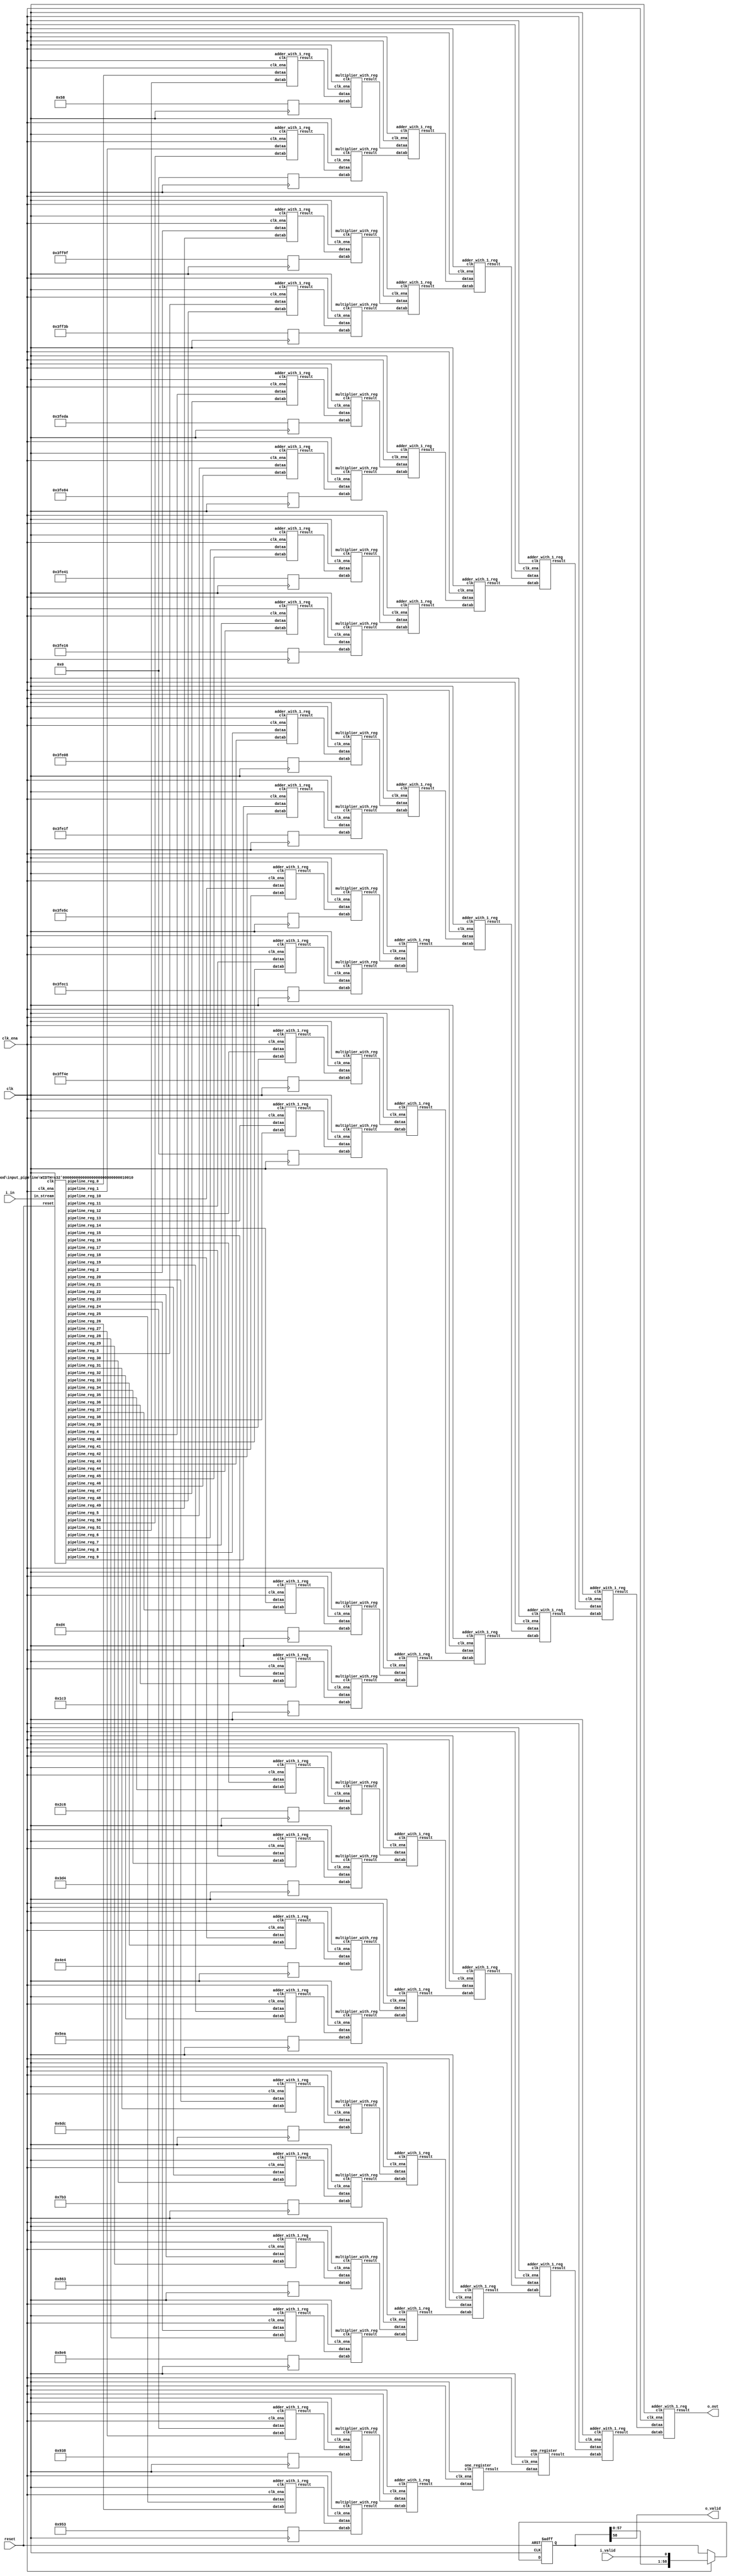
// CONFIG:
// NUM_COEFF = 52
// PIPLINED = 1

module fir (
	clk,
	reset,
	clk_ena,
	i_valid,
	i_in,
	o_valid,
	o_out
);
	// Data Width
	parameter dw = 18; //Data input/output bits

	// Number of filter coefficients
	parameter N = 52;
	parameter N_UNIQ = 26; // ciel(N/2) assuming symmetric filter coefficients

	//Number of extra valid cycles needed to align output (i.e. computation pipeline depth + input/output registers
	localparam N_VALID_REGS = 59;

	input clk;
	input reset;
	input clk_ena;
	input i_valid;
	input [dw-1:0] i_in; // signed
	output o_valid;
	output [dw-1:0] o_out; // signed

	// Data Width dervied parameters
	localparam dw_add_int = 18; //Internal adder precision bits
	localparam dw_mult_int = 36; //Internal multiplier precision bits
	localparam scale_factor = 17; //Multiplier normalization shift amount

	// Number of extra registers in INPUT_PIPELINE_REG to prevent contention for CHAIN_END's chain adders
	localparam N_INPUT_REGS = 52;

	// Debug
	// initial begin
	// 	$display ("Data Width: %d", dw);
	// 	$display ("Data Width Add Internal: %d", dw_add_int);
	// 	$display ("Data Width Mult Internal: %d", dw_mult_int);
	// 	$display ("Scale Factor: %d", scale_factor);
	// end

	reg [dw-1:0] COEFFICIENT_0;
	reg [dw-1:0] COEFFICIENT_1;
	reg [dw-1:0] COEFFICIENT_2;
	reg [dw-1:0] COEFFICIENT_3;
	reg [dw-1:0] COEFFICIENT_4;
	reg [dw-1:0] COEFFICIENT_5;
	reg [dw-1:0] COEFFICIENT_6;
	reg [dw-1:0] COEFFICIENT_7;
	reg [dw-1:0] COEFFICIENT_8;
	reg [dw-1:0] COEFFICIENT_9;
	reg [dw-1:0] COEFFICIENT_10;
	reg [dw-1:0] COEFFICIENT_11;
	reg [dw-1:0] COEFFICIENT_12;
	reg [dw-1:0] COEFFICIENT_13;
	reg [dw-1:0] COEFFICIENT_14;
	reg [dw-1:0] COEFFICIENT_15;
	reg [dw-1:0] COEFFICIENT_16;
	reg [dw-1:0] COEFFICIENT_17;
	reg [dw-1:0] COEFFICIENT_18;
	reg [dw-1:0] COEFFICIENT_19;
	reg [dw-1:0] COEFFICIENT_20;
	reg [dw-1:0] COEFFICIENT_21;
	reg [dw-1:0] COEFFICIENT_22;
	reg [dw-1:0] COEFFICIENT_23;
	reg [dw-1:0] COEFFICIENT_24;
	reg [dw-1:0] COEFFICIENT_25;

	always@(posedge clk) begin
		COEFFICIENT_0 <= 18'd88;
		COEFFICIENT_1 <= 18'd0;
		COEFFICIENT_2 <= -18'd97;
		COEFFICIENT_3 <= -18'd197;
		COEFFICIENT_4 <= -18'd294;
		COEFFICIENT_5 <= -18'd380;
		COEFFICIENT_6 <= -18'd447;
		COEFFICIENT_7 <= -18'd490;
		COEFFICIENT_8 <= -18'd504;
		COEFFICIENT_9 <= -18'd481;
		COEFFICIENT_10 <= -18'd420;
		COEFFICIENT_11 <= -18'd319;
		COEFFICIENT_12 <= -18'd178;
		COEFFICIENT_13 <= 18'd0;
		COEFFICIENT_14 <= 18'd212;
		COEFFICIENT_15 <= 18'd451;
		COEFFICIENT_16 <= 18'd710;
		COEFFICIENT_17 <= 18'd980;
		COEFFICIENT_18 <= 18'd1252;
		COEFFICIENT_19 <= 18'd1514;
		COEFFICIENT_20 <= 18'd1756;
		COEFFICIENT_21 <= 18'd1971;
		COEFFICIENT_22 <= 18'd2147;
		COEFFICIENT_23 <= 18'd2278;
		COEFFICIENT_24 <= 18'd2360;
		COEFFICIENT_25 <= 18'd2387;
	end

	////******************************************************
	// *
	// * Valid Delay Pipeline
	// *
	// *****************************************************
	//Input valid signal is pipelined to become output valid signal

	//Valid registers
	reg [N_VALID_REGS-1:0] VALID_PIPELINE_REGS;

	always@(posedge clk or posedge reset) begin
		if(reset) begin
			VALID_PIPELINE_REGS <= 0;
		end else begin
			if(clk_ena) begin
				VALID_PIPELINE_REGS <= {VALID_PIPELINE_REGS[N_VALID_REGS-2:0], i_valid};
			end else begin
				VALID_PIPELINE_REGS <= VALID_PIPELINE_REGS;
			end
		end
	end

	////******************************************************
	// *
	// * Input Register Pipeline
	// *
	// *****************************************************
	//Pipelined input values

	//Input value registers

	wire [dw-1:0] INPUT_PIPELINE_REG_0;
	wire [dw-1:0] INPUT_PIPELINE_REG_1;
	wire [dw-1:0] INPUT_PIPELINE_REG_2;
	wire [dw-1:0] INPUT_PIPELINE_REG_3;
	wire [dw-1:0] INPUT_PIPELINE_REG_4;
	wire [dw-1:0] INPUT_PIPELINE_REG_5;
	wire [dw-1:0] INPUT_PIPELINE_REG_6;
	wire [dw-1:0] INPUT_PIPELINE_REG_7;
	wire [dw-1:0] INPUT_PIPELINE_REG_8;
	wire [dw-1:0] INPUT_PIPELINE_REG_9;
	wire [dw-1:0] INPUT_PIPELINE_REG_10;
	wire [dw-1:0] INPUT_PIPELINE_REG_11;
	wire [dw-1:0] INPUT_PIPELINE_REG_12;
	wire [dw-1:0] INPUT_PIPELINE_REG_13;
	wire [dw-1:0] INPUT_PIPELINE_REG_14;
	wire [dw-1:0] INPUT_PIPELINE_REG_15;
	wire [dw-1:0] INPUT_PIPELINE_REG_16;
	wire [dw-1:0] INPUT_PIPELINE_REG_17;
	wire [dw-1:0] INPUT_PIPELINE_REG_18;
	wire [dw-1:0] INPUT_PIPELINE_REG_19;
	wire [dw-1:0] INPUT_PIPELINE_REG_20;
	wire [dw-1:0] INPUT_PIPELINE_REG_21;
	wire [dw-1:0] INPUT_PIPELINE_REG_22;
	wire [dw-1:0] INPUT_PIPELINE_REG_23;
	wire [dw-1:0] INPUT_PIPELINE_REG_24;
	wire [dw-1:0] INPUT_PIPELINE_REG_25;
	wire [dw-1:0] INPUT_PIPELINE_REG_26;
	wire [dw-1:0] INPUT_PIPELINE_REG_27;
	wire [dw-1:0] INPUT_PIPELINE_REG_28;
	wire [dw-1:0] INPUT_PIPELINE_REG_29;
	wire [dw-1:0] INPUT_PIPELINE_REG_30;
	wire [dw-1:0] INPUT_PIPELINE_REG_31;
	wire [dw-1:0] INPUT_PIPELINE_REG_32;
	wire [dw-1:0] INPUT_PIPELINE_REG_33;
	wire [dw-1:0] INPUT_PIPELINE_REG_34;
	wire [dw-1:0] INPUT_PIPELINE_REG_35;
	wire [dw-1:0] INPUT_PIPELINE_REG_36;
	wire [dw-1:0] INPUT_PIPELINE_REG_37;
	wire [dw-1:0] INPUT_PIPELINE_REG_38;
	wire [dw-1:0] INPUT_PIPELINE_REG_39;
	wire [dw-1:0] INPUT_PIPELINE_REG_40;
	wire [dw-1:0] INPUT_PIPELINE_REG_41;
	wire [dw-1:0] INPUT_PIPELINE_REG_42;
	wire [dw-1:0] INPUT_PIPELINE_REG_43;
	wire [dw-1:0] INPUT_PIPELINE_REG_44;
	wire [dw-1:0] INPUT_PIPELINE_REG_45;
	wire [dw-1:0] INPUT_PIPELINE_REG_46;
	wire [dw-1:0] INPUT_PIPELINE_REG_47;
	wire [dw-1:0] INPUT_PIPELINE_REG_48;
	wire [dw-1:0] INPUT_PIPELINE_REG_49;
	wire [dw-1:0] INPUT_PIPELINE_REG_50;
	wire [dw-1:0] INPUT_PIPELINE_REG_51;

	input_pipeline in_pipe(
		.clk(clk), .clk_ena(clk_ena),
		.in_stream(i_in),
		.pipeline_reg_0(INPUT_PIPELINE_REG_0),
		.pipeline_reg_1(INPUT_PIPELINE_REG_1),
		.pipeline_reg_2(INPUT_PIPELINE_REG_2),
		.pipeline_reg_3(INPUT_PIPELINE_REG_3),
		.pipeline_reg_4(INPUT_PIPELINE_REG_4),
		.pipeline_reg_5(INPUT_PIPELINE_REG_5),
		.pipeline_reg_6(INPUT_PIPELINE_REG_6),
		.pipeline_reg_7(INPUT_PIPELINE_REG_7),
		.pipeline_reg_8(INPUT_PIPELINE_REG_8),
		.pipeline_reg_9(INPUT_PIPELINE_REG_9),
		.pipeline_reg_10(INPUT_PIPELINE_REG_10),
		.pipeline_reg_11(INPUT_PIPELINE_REG_11),
		.pipeline_reg_12(INPUT_PIPELINE_REG_12),
		.pipeline_reg_13(INPUT_PIPELINE_REG_13),
		.pipeline_reg_14(INPUT_PIPELINE_REG_14),
		.pipeline_reg_15(INPUT_PIPELINE_REG_15),
		.pipeline_reg_16(INPUT_PIPELINE_REG_16),
		.pipeline_reg_17(INPUT_PIPELINE_REG_17),
		.pipeline_reg_18(INPUT_PIPELINE_REG_18),
		.pipeline_reg_19(INPUT_PIPELINE_REG_19),
		.pipeline_reg_20(INPUT_PIPELINE_REG_20),
		.pipeline_reg_21(INPUT_PIPELINE_REG_21),
		.pipeline_reg_22(INPUT_PIPELINE_REG_22),
		.pipeline_reg_23(INPUT_PIPELINE_REG_23),
		.pipeline_reg_24(INPUT_PIPELINE_REG_24),
		.pipeline_reg_25(INPUT_PIPELINE_REG_25),
		.pipeline_reg_26(INPUT_PIPELINE_REG_26),
		.pipeline_reg_27(INPUT_PIPELINE_REG_27),
		.pipeline_reg_28(INPUT_PIPELINE_REG_28),
		.pipeline_reg_29(INPUT_PIPELINE_REG_29),
		.pipeline_reg_30(INPUT_PIPELINE_REG_30),
		.pipeline_reg_31(INPUT_PIPELINE_REG_31),
		.pipeline_reg_32(INPUT_PIPELINE_REG_32),
		.pipeline_reg_33(INPUT_PIPELINE_REG_33),
		.pipeline_reg_34(INPUT_PIPELINE_REG_34),
		.pipeline_reg_35(INPUT_PIPELINE_REG_35),
		.pipeline_reg_36(INPUT_PIPELINE_REG_36),
		.pipeline_reg_37(INPUT_PIPELINE_REG_37),
		.pipeline_reg_38(INPUT_PIPELINE_REG_38),
		.pipeline_reg_39(INPUT_PIPELINE_REG_39),
		.pipeline_reg_40(INPUT_PIPELINE_REG_40),
		.pipeline_reg_41(INPUT_PIPELINE_REG_41),
		.pipeline_reg_42(INPUT_PIPELINE_REG_42),
		.pipeline_reg_43(INPUT_PIPELINE_REG_43),
		.pipeline_reg_44(INPUT_PIPELINE_REG_44),
		.pipeline_reg_45(INPUT_PIPELINE_REG_45),
		.pipeline_reg_46(INPUT_PIPELINE_REG_46),
		.pipeline_reg_47(INPUT_PIPELINE_REG_47),
		.pipeline_reg_48(INPUT_PIPELINE_REG_48),
		.pipeline_reg_49(INPUT_PIPELINE_REG_49),
		.pipeline_reg_50(INPUT_PIPELINE_REG_50),
		.pipeline_reg_51(INPUT_PIPELINE_REG_51),
		.reset(reset)	);
	defparam in_pipe.WIDTH = 18; // = dw
	////******************************************************
	// *
	// * Computation Pipeline
	// *
	// *****************************************************

	// ************************* LEVEL 0 *************************   
	wire [dw-1:0] L0_output_wires_0;
	wire [dw-1:0] L0_output_wires_1;
	wire [dw-1:0] L0_output_wires_2;
	wire [dw-1:0] L0_output_wires_3;
	wire [dw-1:0] L0_output_wires_4;
	wire [dw-1:0] L0_output_wires_5;
	wire [dw-1:0] L0_output_wires_6;
	wire [dw-1:0] L0_output_wires_7;
	wire [dw-1:0] L0_output_wires_8;
	wire [dw-1:0] L0_output_wires_9;
	wire [dw-1:0] L0_output_wires_10;
	wire [dw-1:0] L0_output_wires_11;
	wire [dw-1:0] L0_output_wires_12;
	wire [dw-1:0] L0_output_wires_13;
	wire [dw-1:0] L0_output_wires_14;
	wire [dw-1:0] L0_output_wires_15;
	wire [dw-1:0] L0_output_wires_16;
	wire [dw-1:0] L0_output_wires_17;
	wire [dw-1:0] L0_output_wires_18;
	wire [dw-1:0] L0_output_wires_19;
	wire [dw-1:0] L0_output_wires_20;
	wire [dw-1:0] L0_output_wires_21;
	wire [dw-1:0] L0_output_wires_22;
	wire [dw-1:0] L0_output_wires_23;
	wire [dw-1:0] L0_output_wires_24;
	wire [dw-1:0] L0_output_wires_25;

	adder_with_1_reg L0_adder_0and51(
		.clk(clk), .clk_ena(clk_ena),
		.dataa (INPUT_PIPELINE_REG_0),
		.datab (INPUT_PIPELINE_REG_51),
		.result(L0_output_wires_0)
	);

	adder_with_1_reg L0_adder_1and50(
		.clk(clk), .clk_ena(clk_ena),
		.dataa (INPUT_PIPELINE_REG_1),
		.datab (INPUT_PIPELINE_REG_50),
		.result(L0_output_wires_1)
	);

	adder_with_1_reg L0_adder_2and49(
		.clk(clk), .clk_ena(clk_ena),
		.dataa (INPUT_PIPELINE_REG_2),
		.datab (INPUT_PIPELINE_REG_49),
		.result(L0_output_wires_2)
	);

	adder_with_1_reg L0_adder_3and48(
		.clk(clk), .clk_ena(clk_ena),
		.dataa (INPUT_PIPELINE_REG_3),
		.datab (INPUT_PIPELINE_REG_48),
		.result(L0_output_wires_3)
	);

	adder_with_1_reg L0_adder_4and47(
		.clk(clk), .clk_ena(clk_ena),
		.dataa (INPUT_PIPELINE_REG_4),
		.datab (INPUT_PIPELINE_REG_47),
		.result(L0_output_wires_4)
	);

	adder_with_1_reg L0_adder_5and46(
		.clk(clk), .clk_ena(clk_ena),
		.dataa (INPUT_PIPELINE_REG_5),
		.datab (INPUT_PIPELINE_REG_46),
		.result(L0_output_wires_5)
	);

	adder_with_1_reg L0_adder_6and45(
		.clk(clk), .clk_ena(clk_ena),
		.dataa (INPUT_PIPELINE_REG_6),
		.datab (INPUT_PIPELINE_REG_45),
		.result(L0_output_wires_6)
	);

	adder_with_1_reg L0_adder_7and44(
		.clk(clk), .clk_ena(clk_ena),
		.dataa (INPUT_PIPELINE_REG_7),
		.datab (INPUT_PIPELINE_REG_44),
		.result(L0_output_wires_7)
	);

	adder_with_1_reg L0_adder_8and43(
		.clk(clk), .clk_ena(clk_ena),
		.dataa (INPUT_PIPELINE_REG_8),
		.datab (INPUT_PIPELINE_REG_43),
		.result(L0_output_wires_8)
	);

	adder_with_1_reg L0_adder_9and42(
		.clk(clk), .clk_ena(clk_ena),
		.dataa (INPUT_PIPELINE_REG_9),
		.datab (INPUT_PIPELINE_REG_42),
		.result(L0_output_wires_9)
	);

	adder_with_1_reg L0_adder_10and41(
		.clk(clk), .clk_ena(clk_ena),
		.dataa (INPUT_PIPELINE_REG_10),
		.datab (INPUT_PIPELINE_REG_41),
		.result(L0_output_wires_10)
	);

	adder_with_1_reg L0_adder_11and40(
		.clk(clk), .clk_ena(clk_ena),
		.dataa (INPUT_PIPELINE_REG_11),
		.datab (INPUT_PIPELINE_REG_40),
		.result(L0_output_wires_11)
	);

	adder_with_1_reg L0_adder_12and39(
		.clk(clk), .clk_ena(clk_ena),
		.dataa (INPUT_PIPELINE_REG_12),
		.datab (INPUT_PIPELINE_REG_39),
		.result(L0_output_wires_12)
	);

	adder_with_1_reg L0_adder_13and38(
		.clk(clk), .clk_ena(clk_ena),
		.dataa (INPUT_PIPELINE_REG_13),
		.datab (INPUT_PIPELINE_REG_38),
		.result(L0_output_wires_13)
	);

	adder_with_1_reg L0_adder_14and37(
		.clk(clk), .clk_ena(clk_ena),
		.dataa (INPUT_PIPELINE_REG_14),
		.datab (INPUT_PIPELINE_REG_37),
		.result(L0_output_wires_14)
	);

	adder_with_1_reg L0_adder_15and36(
		.clk(clk), .clk_ena(clk_ena),
		.dataa (INPUT_PIPELINE_REG_15),
		.datab (INPUT_PIPELINE_REG_36),
		.result(L0_output_wires_15)
	);

	adder_with_1_reg L0_adder_16and35(
		.clk(clk), .clk_ena(clk_ena),
		.dataa (INPUT_PIPELINE_REG_16),
		.datab (INPUT_PIPELINE_REG_35),
		.result(L0_output_wires_16)
	);

	adder_with_1_reg L0_adder_17and34(
		.clk(clk), .clk_ena(clk_ena),
		.dataa (INPUT_PIPELINE_REG_17),
		.datab (INPUT_PIPELINE_REG_34),
		.result(L0_output_wires_17)
	);

	adder_with_1_reg L0_adder_18and33(
		.clk(clk), .clk_ena(clk_ena),
		.dataa (INPUT_PIPELINE_REG_18),
		.datab (INPUT_PIPELINE_REG_33),
		.result(L0_output_wires_18)
	);

	adder_with_1_reg L0_adder_19and32(
		.clk(clk), .clk_ena(clk_ena),
		.dataa (INPUT_PIPELINE_REG_19),
		.datab (INPUT_PIPELINE_REG_32),
		.result(L0_output_wires_19)
	);

	adder_with_1_reg L0_adder_20and31(
		.clk(clk), .clk_ena(clk_ena),
		.dataa (INPUT_PIPELINE_REG_20),
		.datab (INPUT_PIPELINE_REG_31),
		.result(L0_output_wires_20)
	);

	adder_with_1_reg L0_adder_21and30(
		.clk(clk), .clk_ena(clk_ena),
		.dataa (INPUT_PIPELINE_REG_21),
		.datab (INPUT_PIPELINE_REG_30),
		.result(L0_output_wires_21)
	);

	adder_with_1_reg L0_adder_22and29(
		.clk(clk), .clk_ena(clk_ena),
		.dataa (INPUT_PIPELINE_REG_22),
		.datab (INPUT_PIPELINE_REG_29),
		.result(L0_output_wires_22)
	);

	adder_with_1_reg L0_adder_23and28(
		.clk(clk), .clk_ena(clk_ena),
		.dataa (INPUT_PIPELINE_REG_23),
		.datab (INPUT_PIPELINE_REG_28),
		.result(L0_output_wires_23)
	);

	adder_with_1_reg L0_adder_24and27(
		.clk(clk), .clk_ena(clk_ena),
		.dataa (INPUT_PIPELINE_REG_24),
		.datab (INPUT_PIPELINE_REG_27),
		.result(L0_output_wires_24)
	);

	adder_with_1_reg L0_adder_25and26(
		.clk(clk), .clk_ena(clk_ena),
		.dataa (INPUT_PIPELINE_REG_25),
		.datab (INPUT_PIPELINE_REG_26),
		.result(L0_output_wires_25)
	);

	// (26 main tree Adders)

	// ************************* LEVEL 1 *************************   
	// **************** Multipliers ****************   
	wire [dw-1:0] L1_mult_wires_0;
	wire [dw-1:0] L1_mult_wires_1;
	wire [dw-1:0] L1_mult_wires_2;
	wire [dw-1:0] L1_mult_wires_3;
	wire [dw-1:0] L1_mult_wires_4;
	wire [dw-1:0] L1_mult_wires_5;
	wire [dw-1:0] L1_mult_wires_6;
	wire [dw-1:0] L1_mult_wires_7;
	wire [dw-1:0] L1_mult_wires_8;
	wire [dw-1:0] L1_mult_wires_9;
	wire [dw-1:0] L1_mult_wires_10;
	wire [dw-1:0] L1_mult_wires_11;
	wire [dw-1:0] L1_mult_wires_12;
	wire [dw-1:0] L1_mult_wires_13;
	wire [dw-1:0] L1_mult_wires_14;
	wire [dw-1:0] L1_mult_wires_15;
	wire [dw-1:0] L1_mult_wires_16;
	wire [dw-1:0] L1_mult_wires_17;
	wire [dw-1:0] L1_mult_wires_18;
	wire [dw-1:0] L1_mult_wires_19;
	wire [dw-1:0] L1_mult_wires_20;
	wire [dw-1:0] L1_mult_wires_21;
	wire [dw-1:0] L1_mult_wires_22;
	wire [dw-1:0] L1_mult_wires_23;
	wire [dw-1:0] L1_mult_wires_24;
	wire [dw-1:0] L1_mult_wires_25;

	multiplier_with_reg L1_mul_0(
		.clk(clk), .clk_ena(clk_ena),
		.dataa (L0_output_wires_0),
		.datab (COEFFICIENT_0),
		.result(L1_mult_wires_0)
	);

	multiplier_with_reg L1_mul_1(
		.clk(clk), .clk_ena(clk_ena),
		.dataa (L0_output_wires_1),
		.datab (COEFFICIENT_1),
		.result(L1_mult_wires_1)
	);

	multiplier_with_reg L1_mul_2(
		.clk(clk), .clk_ena(clk_ena),
		.dataa (L0_output_wires_2),
		.datab (COEFFICIENT_2),
		.result(L1_mult_wires_2)
	);

	multiplier_with_reg L1_mul_3(
		.clk(clk), .clk_ena(clk_ena),
		.dataa (L0_output_wires_3),
		.datab (COEFFICIENT_3),
		.result(L1_mult_wires_3)
	);

	multiplier_with_reg L1_mul_4(
		.clk(clk), .clk_ena(clk_ena),
		.dataa (L0_output_wires_4),
		.datab (COEFFICIENT_4),
		.result(L1_mult_wires_4)
	);

	multiplier_with_reg L1_mul_5(
		.clk(clk), .clk_ena(clk_ena),
		.dataa (L0_output_wires_5),
		.datab (COEFFICIENT_5),
		.result(L1_mult_wires_5)
	);

	multiplier_with_reg L1_mul_6(
		.clk(clk), .clk_ena(clk_ena),
		.dataa (L0_output_wires_6),
		.datab (COEFFICIENT_6),
		.result(L1_mult_wires_6)
	);

	multiplier_with_reg L1_mul_7(
		.clk(clk), .clk_ena(clk_ena),
		.dataa (L0_output_wires_7),
		.datab (COEFFICIENT_7),
		.result(L1_mult_wires_7)
	);

	multiplier_with_reg L1_mul_8(
		.clk(clk), .clk_ena(clk_ena),
		.dataa (L0_output_wires_8),
		.datab (COEFFICIENT_8),
		.result(L1_mult_wires_8)
	);

	multiplier_with_reg L1_mul_9(
		.clk(clk), .clk_ena(clk_ena),
		.dataa (L0_output_wires_9),
		.datab (COEFFICIENT_9),
		.result(L1_mult_wires_9)
	);

	multiplier_with_reg L1_mul_10(
		.clk(clk), .clk_ena(clk_ena),
		.dataa (L0_output_wires_10),
		.datab (COEFFICIENT_10),
		.result(L1_mult_wires_10)
	);

	multiplier_with_reg L1_mul_11(
		.clk(clk), .clk_ena(clk_ena),
		.dataa (L0_output_wires_11),
		.datab (COEFFICIENT_11),
		.result(L1_mult_wires_11)
	);

	multiplier_with_reg L1_mul_12(
		.clk(clk), .clk_ena(clk_ena),
		.dataa (L0_output_wires_12),
		.datab (COEFFICIENT_12),
		.result(L1_mult_wires_12)
	);

	multiplier_with_reg L1_mul_13(
		.clk(clk), .clk_ena(clk_ena),
		.dataa (L0_output_wires_13),
		.datab (COEFFICIENT_13),
		.result(L1_mult_wires_13)
	);

	multiplier_with_reg L1_mul_14(
		.clk(clk), .clk_ena(clk_ena),
		.dataa (L0_output_wires_14),
		.datab (COEFFICIENT_14),
		.result(L1_mult_wires_14)
	);

	multiplier_with_reg L1_mul_15(
		.clk(clk), .clk_ena(clk_ena),
		.dataa (L0_output_wires_15),
		.datab (COEFFICIENT_15),
		.result(L1_mult_wires_15)
	);

	multiplier_with_reg L1_mul_16(
		.clk(clk), .clk_ena(clk_ena),
		.dataa (L0_output_wires_16),
		.datab (COEFFICIENT_16),
		.result(L1_mult_wires_16)
	);

	multiplier_with_reg L1_mul_17(
		.clk(clk), .clk_ena(clk_ena),
		.dataa (L0_output_wires_17),
		.datab (COEFFICIENT_17),
		.result(L1_mult_wires_17)
	);

	multiplier_with_reg L1_mul_18(
		.clk(clk), .clk_ena(clk_ena),
		.dataa (L0_output_wires_18),
		.datab (COEFFICIENT_18),
		.result(L1_mult_wires_18)
	);

	multiplier_with_reg L1_mul_19(
		.clk(clk), .clk_ena(clk_ena),
		.dataa (L0_output_wires_19),
		.datab (COEFFICIENT_19),
		.result(L1_mult_wires_19)
	);

	multiplier_with_reg L1_mul_20(
		.clk(clk), .clk_ena(clk_ena),
		.dataa (L0_output_wires_20),
		.datab (COEFFICIENT_20),
		.result(L1_mult_wires_20)
	);

	multiplier_with_reg L1_mul_21(
		.clk(clk), .clk_ena(clk_ena),
		.dataa (L0_output_wires_21),
		.datab (COEFFICIENT_21),
		.result(L1_mult_wires_21)
	);

	multiplier_with_reg L1_mul_22(
		.clk(clk), .clk_ena(clk_ena),
		.dataa (L0_output_wires_22),
		.datab (COEFFICIENT_22),
		.result(L1_mult_wires_22)
	);

	multiplier_with_reg L1_mul_23(
		.clk(clk), .clk_ena(clk_ena),
		.dataa (L0_output_wires_23),
		.datab (COEFFICIENT_23),
		.result(L1_mult_wires_23)
	);

	multiplier_with_reg L1_mul_24(
		.clk(clk), .clk_ena(clk_ena),
		.dataa (L0_output_wires_24),
		.datab (COEFFICIENT_24),
		.result(L1_mult_wires_24)
	);

	multiplier_with_reg L1_mul_25(
		.clk(clk), .clk_ena(clk_ena),
		.dataa (L0_output_wires_25),
		.datab (COEFFICIENT_25),
		.result(L1_mult_wires_25)
	);

	// (26 Multipliers)

	// **************** Adders ****************   
	wire [dw-1:0] L1_output_wires_0;
	wire [dw-1:0] L1_output_wires_1;
	wire [dw-1:0] L1_output_wires_2;
	wire [dw-1:0] L1_output_wires_3;
	wire [dw-1:0] L1_output_wires_4;
	wire [dw-1:0] L1_output_wires_5;
	wire [dw-1:0] L1_output_wires_6;
	wire [dw-1:0] L1_output_wires_7;
	wire [dw-1:0] L1_output_wires_8;
	wire [dw-1:0] L1_output_wires_9;
	wire [dw-1:0] L1_output_wires_10;
	wire [dw-1:0] L1_output_wires_11;
	wire [dw-1:0] L1_output_wires_12;

	adder_with_1_reg L1_adder_0and1(
		.clk(clk), .clk_ena(clk_ena),
		.dataa (L1_mult_wires_0),
		.datab (L1_mult_wires_1),
		.result(L1_output_wires_0)
	);

	adder_with_1_reg L1_adder_2and3(
		.clk(clk), .clk_ena(clk_ena),
		.dataa (L1_mult_wires_2),
		.datab (L1_mult_wires_3),
		.result(L1_output_wires_1)
	);

	adder_with_1_reg L1_adder_4and5(
		.clk(clk), .clk_ena(clk_ena),
		.dataa (L1_mult_wires_4),
		.datab (L1_mult_wires_5),
		.result(L1_output_wires_2)
	);

	adder_with_1_reg L1_adder_6and7(
		.clk(clk), .clk_ena(clk_ena),
		.dataa (L1_mult_wires_6),
		.datab (L1_mult_wires_7),
		.result(L1_output_wires_3)
	);

	adder_with_1_reg L1_adder_8and9(
		.clk(clk), .clk_ena(clk_ena),
		.dataa (L1_mult_wires_8),
		.datab (L1_mult_wires_9),
		.result(L1_output_wires_4)
	);

	adder_with_1_reg L1_adder_10and11(
		.clk(clk), .clk_ena(clk_ena),
		.dataa (L1_mult_wires_10),
		.datab (L1_mult_wires_11),
		.result(L1_output_wires_5)
	);

	adder_with_1_reg L1_adder_12and13(
		.clk(clk), .clk_ena(clk_ena),
		.dataa (L1_mult_wires_12),
		.datab (L1_mult_wires_13),
		.result(L1_output_wires_6)
	);

	adder_with_1_reg L1_adder_14and15(
		.clk(clk), .clk_ena(clk_ena),
		.dataa (L1_mult_wires_14),
		.datab (L1_mult_wires_15),
		.result(L1_output_wires_7)
	);

	adder_with_1_reg L1_adder_16and17(
		.clk(clk), .clk_ena(clk_ena),
		.dataa (L1_mult_wires_16),
		.datab (L1_mult_wires_17),
		.result(L1_output_wires_8)
	);

	adder_with_1_reg L1_adder_18and19(
		.clk(clk), .clk_ena(clk_ena),
		.dataa (L1_mult_wires_18),
		.datab (L1_mult_wires_19),
		.result(L1_output_wires_9)
	);

	adder_with_1_reg L1_adder_20and21(
		.clk(clk), .clk_ena(clk_ena),
		.dataa (L1_mult_wires_20),
		.datab (L1_mult_wires_21),
		.result(L1_output_wires_10)
	);

	adder_with_1_reg L1_adder_22and23(
		.clk(clk), .clk_ena(clk_ena),
		.dataa (L1_mult_wires_22),
		.datab (L1_mult_wires_23),
		.result(L1_output_wires_11)
	);

	adder_with_1_reg L1_adder_24and25(
		.clk(clk), .clk_ena(clk_ena),
		.dataa (L1_mult_wires_24),
		.datab (L1_mult_wires_25),
		.result(L1_output_wires_12)
	);

	// (13 main tree Adders)

	// ************************* LEVEL 2 *************************   
	wire [dw-1:0] L2_output_wires_0;
	wire [dw-1:0] L2_output_wires_1;
	wire [dw-1:0] L2_output_wires_2;
	wire [dw-1:0] L2_output_wires_3;
	wire [dw-1:0] L2_output_wires_4;
	wire [dw-1:0] L2_output_wires_5;
	wire [dw-1:0] L2_output_wires_6;

	adder_with_1_reg L2_adder_0and1(
		.clk(clk), .clk_ena(clk_ena),
		.dataa (L1_output_wires_0),
		.datab (L1_output_wires_1),
		.result(L2_output_wires_0)
	);

	adder_with_1_reg L2_adder_2and3(
		.clk(clk), .clk_ena(clk_ena),
		.dataa (L1_output_wires_2),
		.datab (L1_output_wires_3),
		.result(L2_output_wires_1)
	);

	adder_with_1_reg L2_adder_4and5(
		.clk(clk), .clk_ena(clk_ena),
		.dataa (L1_output_wires_4),
		.datab (L1_output_wires_5),
		.result(L2_output_wires_2)
	);

	adder_with_1_reg L2_adder_6and7(
		.clk(clk), .clk_ena(clk_ena),
		.dataa (L1_output_wires_6),
		.datab (L1_output_wires_7),
		.result(L2_output_wires_3)
	);

	adder_with_1_reg L2_adder_8and9(
		.clk(clk), .clk_ena(clk_ena),
		.dataa (L1_output_wires_8),
		.datab (L1_output_wires_9),
		.result(L2_output_wires_4)
	);

	adder_with_1_reg L2_adder_10and11(
		.clk(clk), .clk_ena(clk_ena),
		.dataa (L1_output_wires_10),
		.datab (L1_output_wires_11),
		.result(L2_output_wires_5)
	);

	// (6 main tree Adders)

	// ********* Byes ********   
	one_register L2_byereg_for_12(
		.clk(clk), .clk_ena(clk_ena),
		.dataa (L1_output_wires_12),
		.result(L2_output_wires_6)
	);

	// (1 byes)

	// ************************* LEVEL 3 *************************   
	wire [dw-1:0] L3_output_wires_0;
	wire [dw-1:0] L3_output_wires_1;
	wire [dw-1:0] L3_output_wires_2;
	wire [dw-1:0] L3_output_wires_3;

	adder_with_1_reg L3_adder_0and1(
		.clk(clk), .clk_ena(clk_ena),
		.dataa (L2_output_wires_0),
		.datab (L2_output_wires_1),
		.result(L3_output_wires_0)
	);

	adder_with_1_reg L3_adder_2and3(
		.clk(clk), .clk_ena(clk_ena),
		.dataa (L2_output_wires_2),
		.datab (L2_output_wires_3),
		.result(L3_output_wires_1)
	);

	adder_with_1_reg L3_adder_4and5(
		.clk(clk), .clk_ena(clk_ena),
		.dataa (L2_output_wires_4),
		.datab (L2_output_wires_5),
		.result(L3_output_wires_2)
	);

	// (3 main tree Adders)

	// ********* Byes ********   
	one_register L3_byereg_for_6(
		.clk(clk), .clk_ena(clk_ena),
		.dataa (L2_output_wires_6),
		.result(L3_output_wires_3)
	);

	// (1 byes)

	// ************************* LEVEL 4 *************************   
	wire [dw-1:0] L4_output_wires_0;
	wire [dw-1:0] L4_output_wires_1;

	adder_with_1_reg L4_adder_0and1(
		.clk(clk), .clk_ena(clk_ena),
		.dataa (L3_output_wires_0),
		.datab (L3_output_wires_1),
		.result(L4_output_wires_0)
	);

	adder_with_1_reg L4_adder_2and3(
		.clk(clk), .clk_ena(clk_ena),
		.dataa (L3_output_wires_2),
		.datab (L3_output_wires_3),
		.result(L4_output_wires_1)
	);

	// (2 main tree Adders)

	// ************************* LEVEL 5 *************************   
	wire [dw-1:0] L5_output_wires_0;

	adder_with_1_reg L5_adder_0and1(
		.clk(clk), .clk_ena(clk_ena),
		.dataa (L4_output_wires_0),
		.datab (L4_output_wires_1),
		.result(L5_output_wires_0)
	);

	// (1 main tree Adders)

	////******************************************************
	// *
	// * Output Logic
	// *
	// *****************************************************
	//Actual outputs
	assign o_out = L5_output_wires_0;

	assign o_valid = VALID_PIPELINE_REGS[N_VALID_REGS-1];

endmodule


module input_pipeline (
	clk,
	clk_ena,
	in_stream,
	pipeline_reg_0,
	pipeline_reg_1,
	pipeline_reg_2,
	pipeline_reg_3,
	pipeline_reg_4,
	pipeline_reg_5,
	pipeline_reg_6,
	pipeline_reg_7,
	pipeline_reg_8,
	pipeline_reg_9,
	pipeline_reg_10,
	pipeline_reg_11,
	pipeline_reg_12,
	pipeline_reg_13,
	pipeline_reg_14,
	pipeline_reg_15,
	pipeline_reg_16,
	pipeline_reg_17,
	pipeline_reg_18,
	pipeline_reg_19,
	pipeline_reg_20,
	pipeline_reg_21,
	pipeline_reg_22,
	pipeline_reg_23,
	pipeline_reg_24,
	pipeline_reg_25,
	pipeline_reg_26,
	pipeline_reg_27,
	pipeline_reg_28,
	pipeline_reg_29,
	pipeline_reg_30,
	pipeline_reg_31,
	pipeline_reg_32,
	pipeline_reg_33,
	pipeline_reg_34,
	pipeline_reg_35,
	pipeline_reg_36,
	pipeline_reg_37,
	pipeline_reg_38,
	pipeline_reg_39,
	pipeline_reg_40,
	pipeline_reg_41,
	pipeline_reg_42,
	pipeline_reg_43,
	pipeline_reg_44,
	pipeline_reg_45,
	pipeline_reg_46,
	pipeline_reg_47,
	pipeline_reg_48,
	pipeline_reg_49,
	pipeline_reg_50,
	pipeline_reg_51,
	reset);
	parameter WIDTH = 1;
	//Input value registers
	input clk;
	input clk_ena;
	input [WIDTH-1:0] in_stream;
	output [WIDTH-1:0] pipeline_reg_0;
	output [WIDTH-1:0] pipeline_reg_1;
	output [WIDTH-1:0] pipeline_reg_2;
	output [WIDTH-1:0] pipeline_reg_3;
	output [WIDTH-1:0] pipeline_reg_4;
	output [WIDTH-1:0] pipeline_reg_5;
	output [WIDTH-1:0] pipeline_reg_6;
	output [WIDTH-1:0] pipeline_reg_7;
	output [WIDTH-1:0] pipeline_reg_8;
	output [WIDTH-1:0] pipeline_reg_9;
	output [WIDTH-1:0] pipeline_reg_10;
	output [WIDTH-1:0] pipeline_reg_11;
	output [WIDTH-1:0] pipeline_reg_12;
	output [WIDTH-1:0] pipeline_reg_13;
	output [WIDTH-1:0] pipeline_reg_14;
	output [WIDTH-1:0] pipeline_reg_15;
	output [WIDTH-1:0] pipeline_reg_16;
	output [WIDTH-1:0] pipeline_reg_17;
	output [WIDTH-1:0] pipeline_reg_18;
	output [WIDTH-1:0] pipeline_reg_19;
	output [WIDTH-1:0] pipeline_reg_20;
	output [WIDTH-1:0] pipeline_reg_21;
	output [WIDTH-1:0] pipeline_reg_22;
	output [WIDTH-1:0] pipeline_reg_23;
	output [WIDTH-1:0] pipeline_reg_24;
	output [WIDTH-1:0] pipeline_reg_25;
	output [WIDTH-1:0] pipeline_reg_26;
	output [WIDTH-1:0] pipeline_reg_27;
	output [WIDTH-1:0] pipeline_reg_28;
	output [WIDTH-1:0] pipeline_reg_29;
	output [WIDTH-1:0] pipeline_reg_30;
	output [WIDTH-1:0] pipeline_reg_31;
	output [WIDTH-1:0] pipeline_reg_32;
	output [WIDTH-1:0] pipeline_reg_33;
	output [WIDTH-1:0] pipeline_reg_34;
	output [WIDTH-1:0] pipeline_reg_35;
	output [WIDTH-1:0] pipeline_reg_36;
	output [WIDTH-1:0] pipeline_reg_37;
	output [WIDTH-1:0] pipeline_reg_38;
	output [WIDTH-1:0] pipeline_reg_39;
	output [WIDTH-1:0] pipeline_reg_40;
	output [WIDTH-1:0] pipeline_reg_41;
	output [WIDTH-1:0] pipeline_reg_42;
	output [WIDTH-1:0] pipeline_reg_43;
	output [WIDTH-1:0] pipeline_reg_44;
	output [WIDTH-1:0] pipeline_reg_45;
	output [WIDTH-1:0] pipeline_reg_46;
	output [WIDTH-1:0] pipeline_reg_47;
	output [WIDTH-1:0] pipeline_reg_48;
	output [WIDTH-1:0] pipeline_reg_49;
	output [WIDTH-1:0] pipeline_reg_50;
	output [WIDTH-1:0] pipeline_reg_51;
	reg [WIDTH-1:0] pipeline_reg_0;
	reg [WIDTH-1:0] pipeline_reg_1;
	reg [WIDTH-1:0] pipeline_reg_2;
	reg [WIDTH-1:0] pipeline_reg_3;
	reg [WIDTH-1:0] pipeline_reg_4;
	reg [WIDTH-1:0] pipeline_reg_5;
	reg [WIDTH-1:0] pipeline_reg_6;
	reg [WIDTH-1:0] pipeline_reg_7;
	reg [WIDTH-1:0] pipeline_reg_8;
	reg [WIDTH-1:0] pipeline_reg_9;
	reg [WIDTH-1:0] pipeline_reg_10;
	reg [WIDTH-1:0] pipeline_reg_11;
	reg [WIDTH-1:0] pipeline_reg_12;
	reg [WIDTH-1:0] pipeline_reg_13;
	reg [WIDTH-1:0] pipeline_reg_14;
	reg [WIDTH-1:0] pipeline_reg_15;
	reg [WIDTH-1:0] pipeline_reg_16;
	reg [WIDTH-1:0] pipeline_reg_17;
	reg [WIDTH-1:0] pipeline_reg_18;
	reg [WIDTH-1:0] pipeline_reg_19;
	reg [WIDTH-1:0] pipeline_reg_20;
	reg [WIDTH-1:0] pipeline_reg_21;
	reg [WIDTH-1:0] pipeline_reg_22;
	reg [WIDTH-1:0] pipeline_reg_23;
	reg [WIDTH-1:0] pipeline_reg_24;
	reg [WIDTH-1:0] pipeline_reg_25;
	reg [WIDTH-1:0] pipeline_reg_26;
	reg [WIDTH-1:0] pipeline_reg_27;
	reg [WIDTH-1:0] pipeline_reg_28;
	reg [WIDTH-1:0] pipeline_reg_29;
	reg [WIDTH-1:0] pipeline_reg_30;
	reg [WIDTH-1:0] pipeline_reg_31;
	reg [WIDTH-1:0] pipeline_reg_32;
	reg [WIDTH-1:0] pipeline_reg_33;
	reg [WIDTH-1:0] pipeline_reg_34;
	reg [WIDTH-1:0] pipeline_reg_35;
	reg [WIDTH-1:0] pipeline_reg_36;
	reg [WIDTH-1:0] pipeline_reg_37;
	reg [WIDTH-1:0] pipeline_reg_38;
	reg [WIDTH-1:0] pipeline_reg_39;
	reg [WIDTH-1:0] pipeline_reg_40;
	reg [WIDTH-1:0] pipeline_reg_41;
	reg [WIDTH-1:0] pipeline_reg_42;
	reg [WIDTH-1:0] pipeline_reg_43;
	reg [WIDTH-1:0] pipeline_reg_44;
	reg [WIDTH-1:0] pipeline_reg_45;
	reg [WIDTH-1:0] pipeline_reg_46;
	reg [WIDTH-1:0] pipeline_reg_47;
	reg [WIDTH-1:0] pipeline_reg_48;
	reg [WIDTH-1:0] pipeline_reg_49;
	reg [WIDTH-1:0] pipeline_reg_50;
	reg [WIDTH-1:0] pipeline_reg_51;
	input reset;

	always@(posedge clk or posedge reset) begin
		if(reset) begin
			pipeline_reg_0 <= 0;
			pipeline_reg_1 <= 0;
			pipeline_reg_2 <= 0;
			pipeline_reg_3 <= 0;
			pipeline_reg_4 <= 0;
			pipeline_reg_5 <= 0;
			pipeline_reg_6 <= 0;
			pipeline_reg_7 <= 0;
			pipeline_reg_8 <= 0;
			pipeline_reg_9 <= 0;
			pipeline_reg_10 <= 0;
			pipeline_reg_11 <= 0;
			pipeline_reg_12 <= 0;
			pipeline_reg_13 <= 0;
			pipeline_reg_14 <= 0;
			pipeline_reg_15 <= 0;
			pipeline_reg_16 <= 0;
			pipeline_reg_17 <= 0;
			pipeline_reg_18 <= 0;
			pipeline_reg_19 <= 0;
			pipeline_reg_20 <= 0;
			pipeline_reg_21 <= 0;
			pipeline_reg_22 <= 0;
			pipeline_reg_23 <= 0;
			pipeline_reg_24 <= 0;
			pipeline_reg_25 <= 0;
			pipeline_reg_26 <= 0;
			pipeline_reg_27 <= 0;
			pipeline_reg_28 <= 0;
			pipeline_reg_29 <= 0;
			pipeline_reg_30 <= 0;
			pipeline_reg_31 <= 0;
			pipeline_reg_32 <= 0;
			pipeline_reg_33 <= 0;
			pipeline_reg_34 <= 0;
			pipeline_reg_35 <= 0;
			pipeline_reg_36 <= 0;
			pipeline_reg_37 <= 0;
			pipeline_reg_38 <= 0;
			pipeline_reg_39 <= 0;
			pipeline_reg_40 <= 0;
			pipeline_reg_41 <= 0;
			pipeline_reg_42 <= 0;
			pipeline_reg_43 <= 0;
			pipeline_reg_44 <= 0;
			pipeline_reg_45 <= 0;
			pipeline_reg_46 <= 0;
			pipeline_reg_47 <= 0;
			pipeline_reg_48 <= 0;
			pipeline_reg_49 <= 0;
			pipeline_reg_50 <= 0;
			pipeline_reg_51 <= 0;
		end else begin
			if(clk_ena) begin
				pipeline_reg_0 <= in_stream;
				pipeline_reg_1 <= pipeline_reg_0;
				pipeline_reg_2 <= pipeline_reg_1;
				pipeline_reg_3 <= pipeline_reg_2;
				pipeline_reg_4 <= pipeline_reg_3;
				pipeline_reg_5 <= pipeline_reg_4;
				pipeline_reg_6 <= pipeline_reg_5;
				pipeline_reg_7 <= pipeline_reg_6;
				pipeline_reg_8 <= pipeline_reg_7;
				pipeline_reg_9 <= pipeline_reg_8;
				pipeline_reg_10 <= pipeline_reg_9;
				pipeline_reg_11 <= pipeline_reg_10;
				pipeline_reg_12 <= pipeline_reg_11;
				pipeline_reg_13 <= pipeline_reg_12;
				pipeline_reg_14 <= pipeline_reg_13;
				pipeline_reg_15 <= pipeline_reg_14;
				pipeline_reg_16 <= pipeline_reg_15;
				pipeline_reg_17 <= pipeline_reg_16;
				pipeline_reg_18 <= pipeline_reg_17;
				pipeline_reg_19 <= pipeline_reg_18;
				pipeline_reg_20 <= pipeline_reg_19;
				pipeline_reg_21 <= pipeline_reg_20;
				pipeline_reg_22 <= pipeline_reg_21;
				pipeline_reg_23 <= pipeline_reg_22;
				pipeline_reg_24 <= pipeline_reg_23;
				pipeline_reg_25 <= pipeline_reg_24;
				pipeline_reg_26 <= pipeline_reg_25;
				pipeline_reg_27 <= pipeline_reg_26;
				pipeline_reg_28 <= pipeline_reg_27;
				pipeline_reg_29 <= pipeline_reg_28;
				pipeline_reg_30 <= pipeline_reg_29;
				pipeline_reg_31 <= pipeline_reg_30;
				pipeline_reg_32 <= pipeline_reg_31;
				pipeline_reg_33 <= pipeline_reg_32;
				pipeline_reg_34 <= pipeline_reg_33;
				pipeline_reg_35 <= pipeline_reg_34;
				pipeline_reg_36 <= pipeline_reg_35;
				pipeline_reg_37 <= pipeline_reg_36;
				pipeline_reg_38 <= pipeline_reg_37;
				pipeline_reg_39 <= pipeline_reg_38;
				pipeline_reg_40 <= pipeline_reg_39;
				pipeline_reg_41 <= pipeline_reg_40;
				pipeline_reg_42 <= pipeline_reg_41;
				pipeline_reg_43 <= pipeline_reg_42;
				pipeline_reg_44 <= pipeline_reg_43;
				pipeline_reg_45 <= pipeline_reg_44;
				pipeline_reg_46 <= pipeline_reg_45;
				pipeline_reg_47 <= pipeline_reg_46;
				pipeline_reg_48 <= pipeline_reg_47;
				pipeline_reg_49 <= pipeline_reg_48;
				pipeline_reg_50 <= pipeline_reg_49;
				pipeline_reg_51 <= pipeline_reg_50;
			end //else begin
				//pipeline_reg_0 <= pipeline_reg_0;
				//pipeline_reg_1 <= pipeline_reg_1;
				//pipeline_reg_2 <= pipeline_reg_2;
				//pipeline_reg_3 <= pipeline_reg_3;
				//pipeline_reg_4 <= pipeline_reg_4;
				//pipeline_reg_5 <= pipeline_reg_5;
				//pipeline_reg_6 <= pipeline_reg_6;
				//pipeline_reg_7 <= pipeline_reg_7;
				//pipeline_reg_8 <= pipeline_reg_8;
				//pipeline_reg_9 <= pipeline_reg_9;
				//pipeline_reg_10 <= pipeline_reg_10;
				//pipeline_reg_11 <= pipeline_reg_11;
				//pipeline_reg_12 <= pipeline_reg_12;
				//pipeline_reg_13 <= pipeline_reg_13;
				//pipeline_reg_14 <= pipeline_reg_14;
				//pipeline_reg_15 <= pipeline_reg_15;
				//pipeline_reg_16 <= pipeline_reg_16;
				//pipeline_reg_17 <= pipeline_reg_17;
				//pipeline_reg_18 <= pipeline_reg_18;
				//pipeline_reg_19 <= pipeline_reg_19;
				//pipeline_reg_20 <= pipeline_reg_20;
				//pipeline_reg_21 <= pipeline_reg_21;
				//pipeline_reg_22 <= pipeline_reg_22;
				//pipeline_reg_23 <= pipeline_reg_23;
				//pipeline_reg_24 <= pipeline_reg_24;
				//pipeline_reg_25 <= pipeline_reg_25;
				//pipeline_reg_26 <= pipeline_reg_26;
				//pipeline_reg_27 <= pipeline_reg_27;
				//pipeline_reg_28 <= pipeline_reg_28;
				//pipeline_reg_29 <= pipeline_reg_29;
				//pipeline_reg_30 <= pipeline_reg_30;
				//pipeline_reg_31 <= pipeline_reg_31;
				//pipeline_reg_32 <= pipeline_reg_32;
				//pipeline_reg_33 <= pipeline_reg_33;
				//pipeline_reg_34 <= pipeline_reg_34;
				//pipeline_reg_35 <= pipeline_reg_35;
				//pipeline_reg_36 <= pipeline_reg_36;
				//pipeline_reg_37 <= pipeline_reg_37;
				//pipeline_reg_38 <= pipeline_reg_38;
				//pipeline_reg_39 <= pipeline_reg_39;
				//pipeline_reg_40 <= pipeline_reg_40;
				//pipeline_reg_41 <= pipeline_reg_41;
				//pipeline_reg_42 <= pipeline_reg_42;
				//pipeline_reg_43 <= pipeline_reg_43;
				//pipeline_reg_44 <= pipeline_reg_44;
				//pipeline_reg_45 <= pipeline_reg_45;
				//pipeline_reg_46 <= pipeline_reg_46;
				//pipeline_reg_47 <= pipeline_reg_47;
				//pipeline_reg_48 <= pipeline_reg_48;
				//pipeline_reg_49 <= pipeline_reg_49;
				//pipeline_reg_50 <= pipeline_reg_50;
				//pipeline_reg_51 <= pipeline_reg_51;
			//end
		end
	end
endmodule


module adder_with_1_reg (
	clk,
	clk_ena,
	dataa,
	datab,
	result);

	input	  clk;
	input	  clk_ena;
	input	[17:0]  dataa;
	input	[17:0]  datab;
	output	[17:0]  result;

	reg     [17:0]  result;

	always @(posedge clk) begin
		if(clk_ena) begin
			result <= dataa + datab;
		end
	end

endmodule


module multiplier_with_reg (
	clk,
	clk_ena,
	dataa,
	datab,
	result);

	input	  clk;
	input	  clk_ena;
	input	[17:0]  dataa;
	input	[17:0]  datab;
	output	[17:0]  result;

	reg     [17:0]  result;

	always @(posedge clk) begin
		if(clk_ena) begin
			result <= dataa * datab;
		end
	end

endmodule


module one_register (
	clk,
	clk_ena,
	dataa,
	result);

	input	  clk;
	input	  clk_ena;
	input	[17:0]  dataa;
	output	[17:0]  result;

	reg     [17:0]  result;

	always @(posedge clk) begin
		if(clk_ena) begin
			result <= dataa;
		end
	end

endmodule